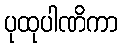
ပုထုပါဏိကာ